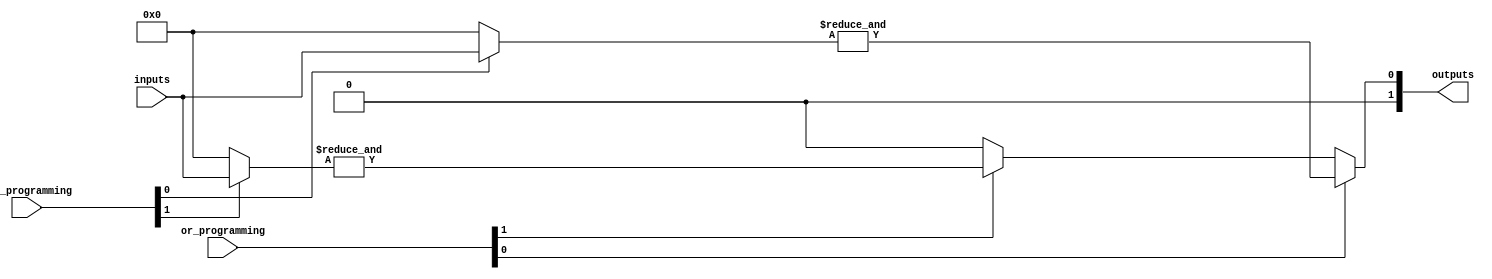
module programmable_logic_array #(
    parameter NUM_INPUTS = 4,   // Number of inputs (A1, A2, ..., An)
    parameter NUM_PRODUCT_TERMS = 4, // Number of product terms (PT1, PT2, ..., PTm)
    parameter NUM_OUTPUTS = 2    // Number of outputs (O1, O2, ..., Ok)
)(
    input wire [NUM_INPUTS-1:0] inputs, // Input signals
    input wire [NUM_PRODUCT_TERMS-1:0] and_programming, // Programming for AND plane
    input wire [NUM_OUTPUTS-1:0] or_programming, // Programming for OR plane
    output wire [NUM_OUTPUTS-1:0] outputs // Output signals
);

// AND Plane
wire [NUM_PRODUCT_TERMS-1:0] product_terms;

// Generate product terms based on programmed AND connections
genvar i, j;
generate
    for (i = 0; i < NUM_PRODUCT_TERMS; i = i + 1) begin : and_plane
        wire [NUM_INPUTS-1:0] and_inputs = and_programming[i] ? inputs : {NUM_INPUTS{1'b0}};
        assign product_terms[i] = &and_inputs; // AND operation for the product term
    end
endgenerate

// OR Plane
assign outputs = or_programming[0] ? product_terms[0] : 1'b0 |
                 or_programming[1] ? product_terms[1] : 1'b0;

// Add additional OR logic for more outputs as needed
// You can expand this section based on the number of outputs and their configurations

endmodule